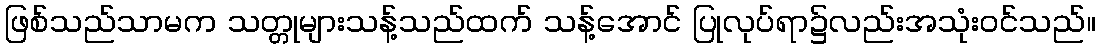
ဖြစ်သည်သာမက သတ္တုများသန့်သည်ထက် သန့်အောင် ပြုလုပ်ရာ၌လည်းအသုံးဝင်သည်။